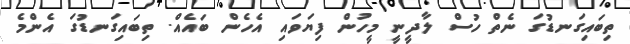
ތިބައިގަނޑުގަ ނެތް ހުސް ލާދީނީ މީހުން ފިޔަވައި އެހެން ބައެއް. ތިބައިގަނޑުގަ އެންމެ